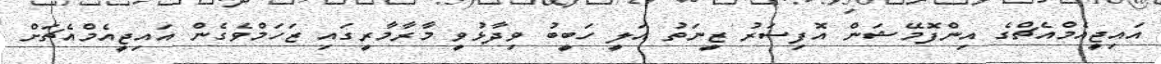
އައިޖީއެމްއެޗްގެ އިންފޮމޭޝަން އޮފިސަރު ޒީނަތު އަލީ ހަބީބު ވިދާޅުވީ މާރާމާރީގައި ޒަހަމްވެގެން އައިޖީއެމްއެޗަށް